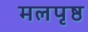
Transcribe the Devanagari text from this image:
मलपृष्ठ